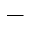
-